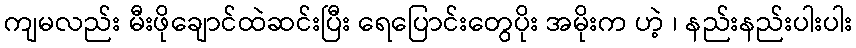
ကျမလည်း မီးဖိုချောင်ထဲဆင်းပြီး ရေပြောင်းတွေပိုး အမိုးက ဟဲ့ ၊ နည်းနည်းပါးပါး